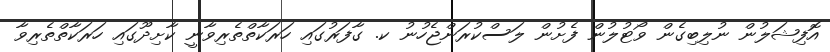
އޮފިޝަލުން ނުލިބިގެން ވޯޓުލުން ފެށުން ލަސްކުރަންޖެހުނު ކ. ގާފަރުގައި ހަރަކާތްތެރިވާނީ ކާށިދޫގައި ހަރަކާތްތެރިވާ